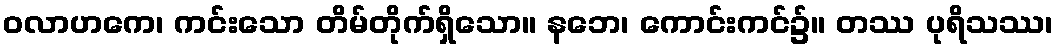
ဝလာဟကေ၊ ကင်းသော တိမ်တိုက်ရှိသော။ နဘေ၊ ကောင်းကင်၌။ တဿ ပုရိသဿ၊